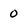
Character: 0